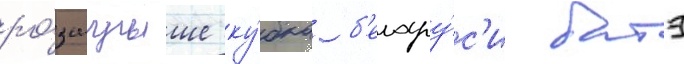
ро́зыгрыше ку́бка б'елару́с'и батэ